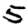
Digit: 5